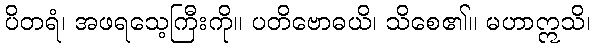
ပိတရံ၊ အဖရသေ့ကြီးကို။ ပတိဗောဓယိ၊ သိစေ၏။ မဟာဣသိ၊